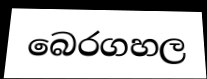
බෙරගහල